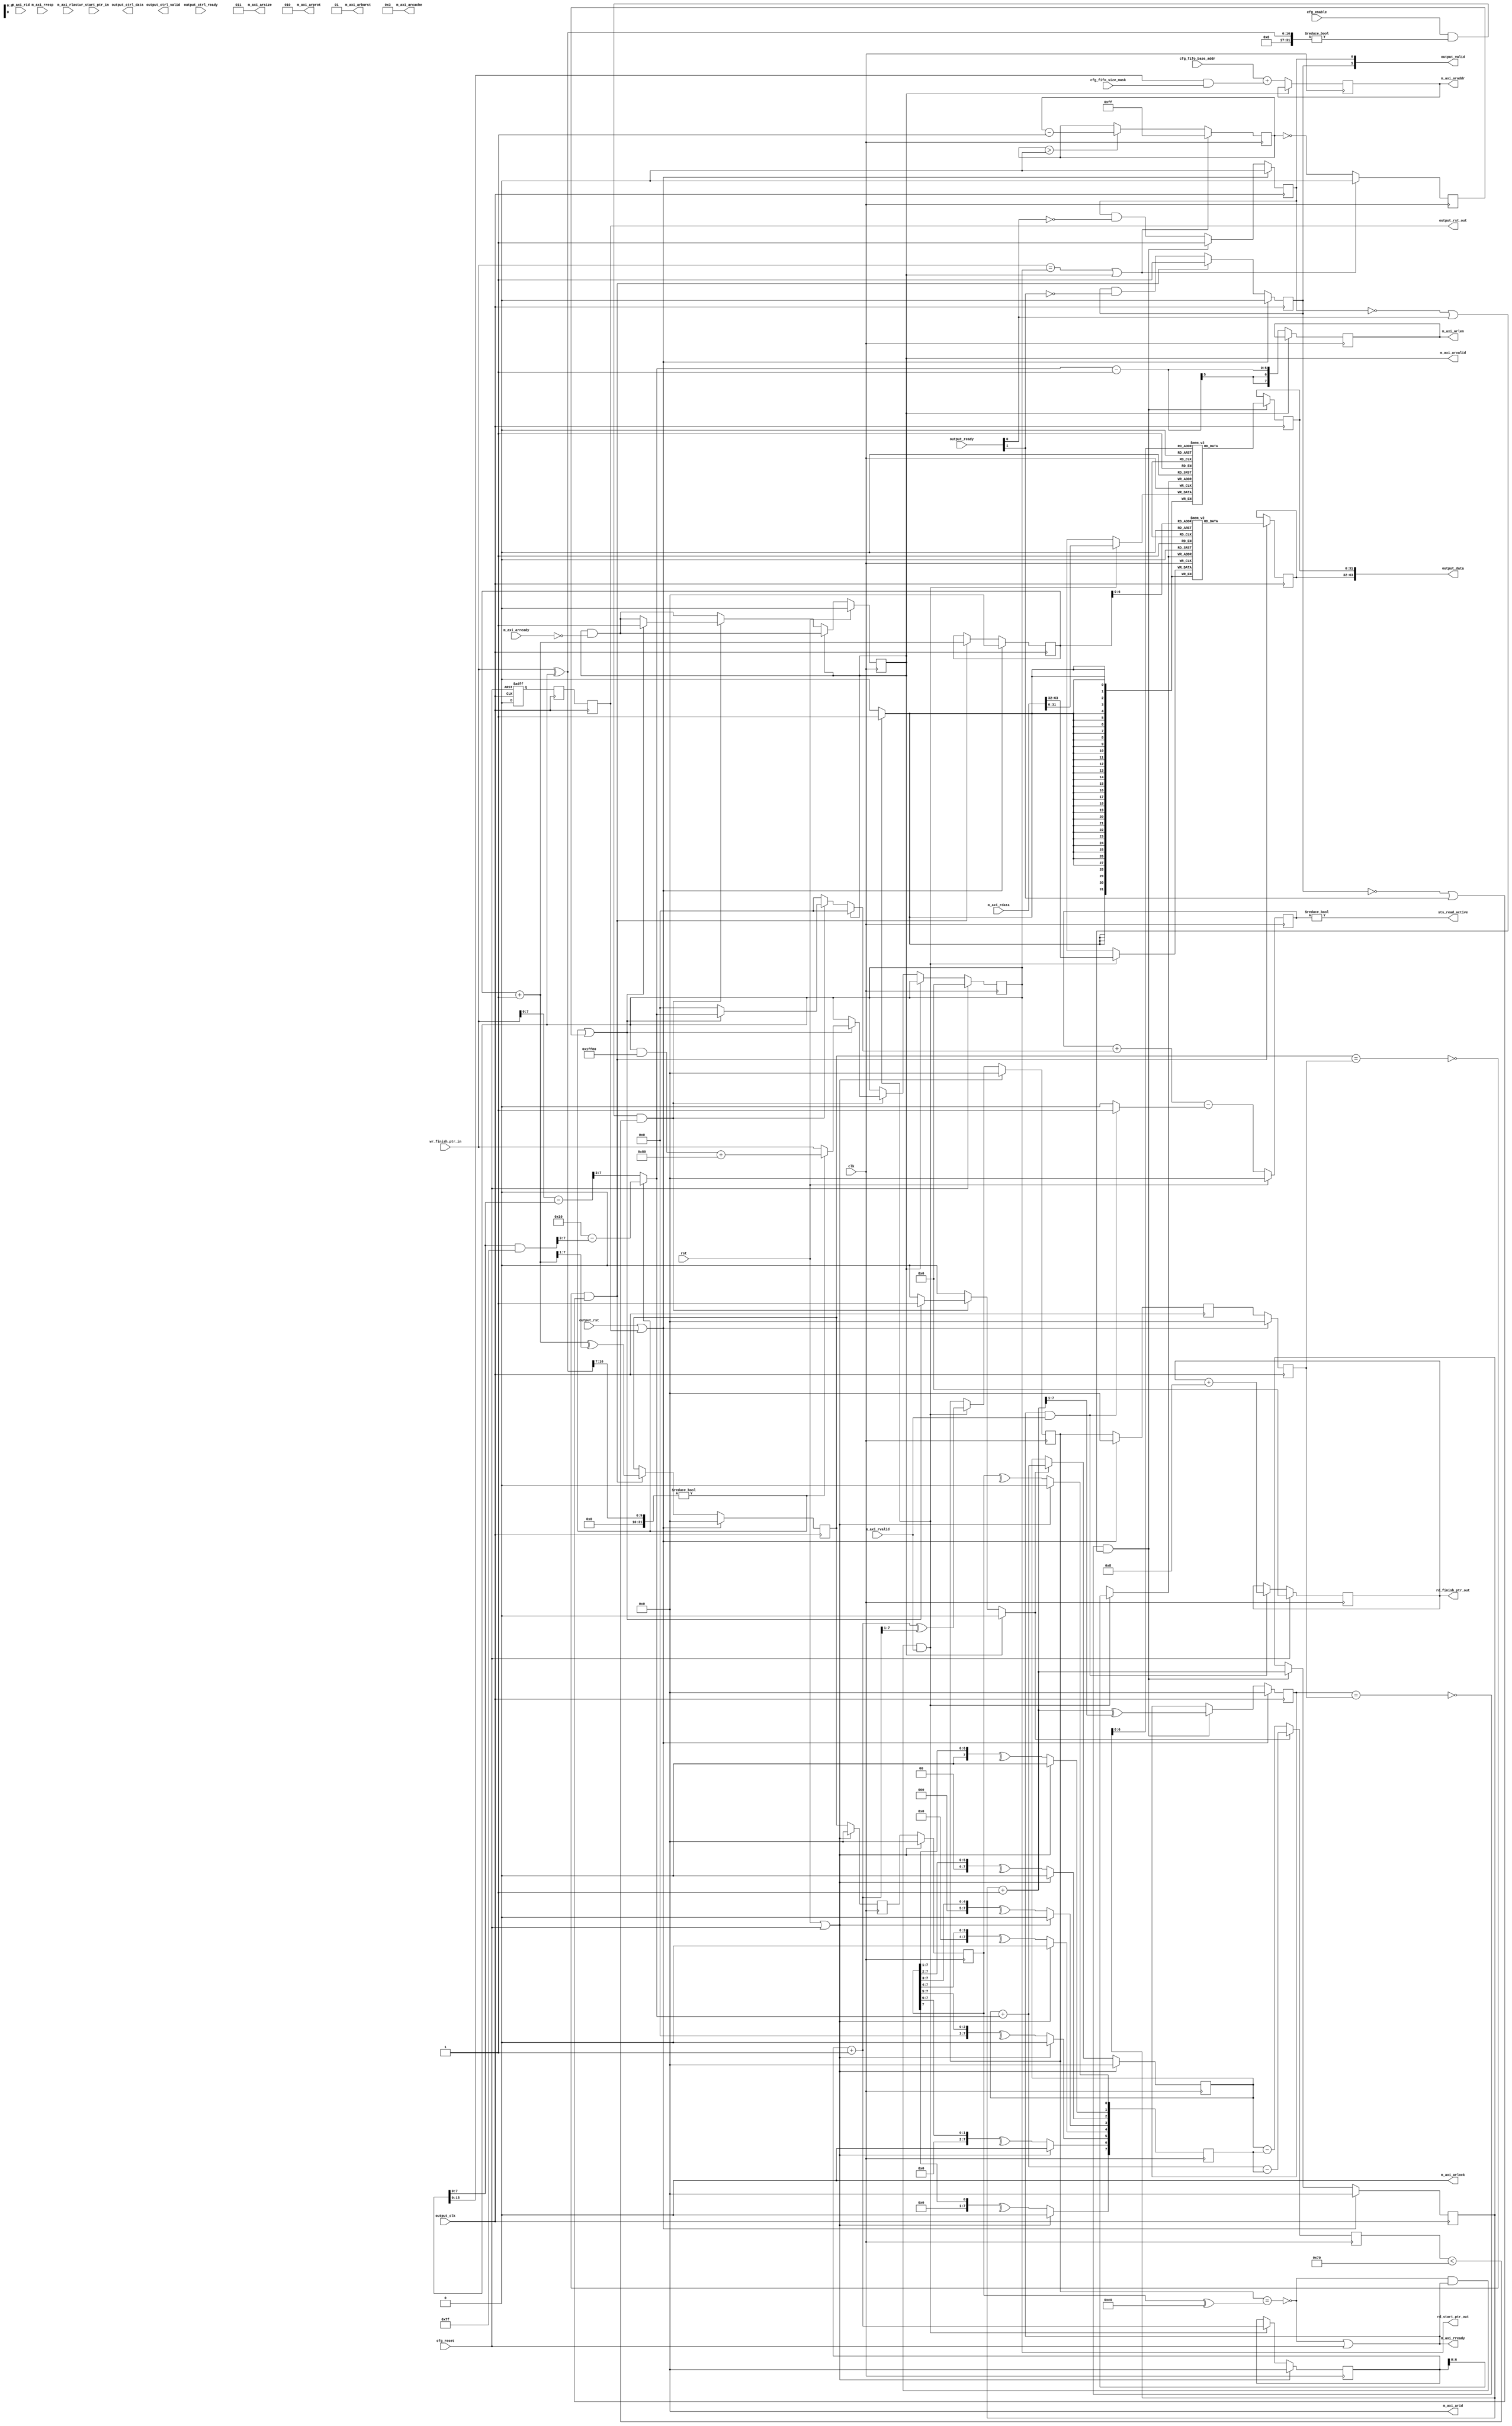
/*

Copyright (c) 2023 Alex Forencich

Permission is hereby granted, free of charge, to any person obtaining a copy
of this software and associated documentation files (the "Software"), to deal
in the Software without restriction, including without limitation the rights
to use, copy, modify, merge, publish, distribute, sublicense, and/or sell
copies of the Software, and to permit persons to whom the Software is
furnished to do so, subject to the following conditions:

The above copyright notice and this permission notice shall be included in
all copies or substantial portions of the Software.

THE SOFTWARE IS PROVIDED "AS IS", WITHOUT WARRANTY OF ANY KIND, EXPRESS OR
IMPLIED, INCLUDING BUT NOT LIMITED TO THE WARRANTIES OF MERCHANTABILITY
FITNESS FOR A PARTICULAR PURPOSE AND NONINFRINGEMENT. IN NO EVENT SHALL THE
AUTHORS OR COPYRIGHT HOLDERS BE LIABLE FOR ANY CLAIM, DAMAGES OR OTHER
LIABILITY, WHETHER IN AN ACTION OF CONTRACT, TORT OR OTHERWISE, ARISING FROM,
OUT OF OR IN CONNECTION WITH THE SOFTWARE OR THE USE OR OTHER DEALINGS IN
THE SOFTWARE.

*/

// Language: Verilog 2001

`resetall
`timescale 1ns / 1ps
`default_nettype none

/*
 * AXI4 virtual FIFO (raw, read side)
 */
module axi_vfifo_raw_rd #
(
    // Width of input segment
    parameter SEG_WIDTH = 32,
    // Segment count
    parameter SEG_CNT = 2,
    // Width of AXI data bus in bits
    parameter AXI_DATA_WIDTH = SEG_WIDTH*SEG_CNT,
    // Width of AXI address bus in bits
    parameter AXI_ADDR_WIDTH = 16,
    // Width of AXI wstrb (width of data bus in words)
    parameter AXI_STRB_WIDTH = (AXI_DATA_WIDTH/8),
    // Width of AXI ID signal
    parameter AXI_ID_WIDTH = 8,
    // Maximum AXI burst length to generate
    parameter AXI_MAX_BURST_LEN = 16,
    // Width of length field
    parameter LEN_WIDTH = AXI_ADDR_WIDTH,
    // Output FIFO depth for AXI read data (full-width words)
    parameter READ_FIFO_DEPTH = 128,
    // Max AXI read burst length
    parameter READ_MAX_BURST_LEN = READ_FIFO_DEPTH/4,
    // Use control output
    parameter CTRL_OUT_EN = 0
)
(
    input  wire                          clk,
    input  wire                          rst,

    /*
     * Segmented data output (to decode logic)
     */
    input  wire                          output_clk,
    input  wire                          output_rst,
    output wire                          output_rst_out,
    output wire [SEG_CNT*SEG_WIDTH-1:0]  output_data,
    output wire [SEG_CNT-1:0]            output_valid,
    input  wire [SEG_CNT-1:0]            output_ready,
    output wire [SEG_CNT*SEG_WIDTH-1:0]  output_ctrl_data,
    output wire [SEG_CNT-1:0]            output_ctrl_valid,
    input  wire [SEG_CNT-1:0]            output_ctrl_ready,

    /*
     * AXI master interface
     */
    output wire [AXI_ID_WIDTH-1:0]       m_axi_arid,
    output wire [AXI_ADDR_WIDTH-1:0]     m_axi_araddr,
    output wire [7:0]                    m_axi_arlen,
    output wire [2:0]                    m_axi_arsize,
    output wire [1:0]                    m_axi_arburst,
    output wire                          m_axi_arlock,
    output wire [3:0]                    m_axi_arcache,
    output wire [2:0]                    m_axi_arprot,
    output wire                          m_axi_arvalid,
    input  wire                          m_axi_arready,
    input  wire [AXI_ID_WIDTH-1:0]       m_axi_rid,
    input  wire [AXI_DATA_WIDTH-1:0]     m_axi_rdata,
    input  wire [1:0]                    m_axi_rresp,
    input  wire                          m_axi_rlast,
    input  wire                          m_axi_rvalid,
    output wire                          m_axi_rready,

    /*
     * FIFO control
     */
    input  wire [LEN_WIDTH+1-1:0]        wr_start_ptr_in,
    input  wire [LEN_WIDTH+1-1:0]        wr_finish_ptr_in,
    output wire [LEN_WIDTH+1-1:0]        rd_start_ptr_out,
    output wire [LEN_WIDTH+1-1:0]        rd_finish_ptr_out,

    /*
     * Configuration
     */
    input  wire [AXI_ADDR_WIDTH-1:0]     cfg_fifo_base_addr,
    input  wire [LEN_WIDTH-1:0]          cfg_fifo_size_mask,
    input  wire                          cfg_enable,
    input  wire                          cfg_reset,

    /*
     * Status
     */
    output wire                          sts_read_active
);

localparam AXI_BYTE_LANES = AXI_STRB_WIDTH;
localparam AXI_BYTE_SIZE = AXI_DATA_WIDTH/AXI_BYTE_LANES;
localparam AXI_BURST_SIZE = $clog2(AXI_STRB_WIDTH);
localparam AXI_MAX_BURST_SIZE = AXI_MAX_BURST_LEN << AXI_BURST_SIZE;

localparam OFFSET_ADDR_WIDTH = AXI_STRB_WIDTH > 1 ? $clog2(AXI_STRB_WIDTH) : 1;
localparam OFFSET_ADDR_MASK = AXI_STRB_WIDTH > 1 ? {OFFSET_ADDR_WIDTH{1'b1}} : 0;
localparam ADDR_MASK = {AXI_ADDR_WIDTH{1'b1}} << $clog2(AXI_STRB_WIDTH);
localparam CYCLE_COUNT_WIDTH = LEN_WIDTH - AXI_BURST_SIZE + 1;

localparam READ_FIFO_ADDR_WIDTH = $clog2(READ_FIFO_DEPTH);

// mask(x) = (2**$clog2(x))-1
// log2(min(x, y, z)) = (mask & mask & mask)+1
// floor(log2(x)) = $clog2(x+1)-1
// floor(log2(min(AXI_MAX_BURST_LEN, READ_MAX_BURST_LEN, 2**(READ_FIFO_ADDR_WIDTH-1), 4096/AXI_BYTE_LANES)))
localparam READ_MAX_BURST_LEN_INT = ((2**($clog2(AXI_MAX_BURST_LEN+1)-1)-1) & (2**($clog2(READ_MAX_BURST_LEN+1)-1)-1) & (2**(READ_FIFO_ADDR_WIDTH-1)-1) & ((4096/AXI_BYTE_LANES)-1)) + 1;
localparam READ_MAX_BURST_SIZE_INT = READ_MAX_BURST_LEN_INT << AXI_BURST_SIZE;
localparam READ_BURST_LEN_WIDTH = $clog2(READ_MAX_BURST_LEN_INT);
localparam READ_BURST_ADDR_WIDTH = $clog2(READ_MAX_BURST_SIZE_INT);
localparam READ_BURST_ADDR_MASK = READ_BURST_ADDR_WIDTH > 1 ? {READ_BURST_ADDR_WIDTH{1'b1}} : 0;

// validate parameters
initial begin
    if (AXI_BYTE_SIZE * AXI_STRB_WIDTH != AXI_DATA_WIDTH) begin
        $error("Error: AXI data width not evenly divisible (instance %m)");
        $finish;
    end

    if (2**$clog2(AXI_BYTE_LANES) != AXI_BYTE_LANES) begin
        $error("Error: AXI byte lane count must be even power of two (instance %m)");
        $finish;
    end

    if (AXI_MAX_BURST_LEN < 1 || AXI_MAX_BURST_LEN > 256) begin
        $error("Error: AXI_MAX_BURST_LEN must be between 1 and 256 (instance %m)");
        $finish;
    end

    if (SEG_CNT * SEG_WIDTH != AXI_DATA_WIDTH) begin
        $error("Error: Width mismatch (instance %m)");
        $finish;
    end
end

localparam [1:0]
    AXI_RESP_OKAY = 2'b00,
    AXI_RESP_EXOKAY = 2'b01,
    AXI_RESP_SLVERR = 2'b10,
    AXI_RESP_DECERR = 2'b11;

reg [AXI_ADDR_WIDTH-1:0] m_axi_araddr_reg = {AXI_ADDR_WIDTH{1'b0}}, m_axi_araddr_next;
reg [7:0] m_axi_arlen_reg = 8'd0, m_axi_arlen_next;
reg m_axi_arvalid_reg = 1'b0, m_axi_arvalid_next;

assign m_axi_arid = {AXI_ID_WIDTH{1'b0}};
assign m_axi_araddr = m_axi_araddr_reg;
assign m_axi_arlen = m_axi_arlen_reg;
assign m_axi_arsize = AXI_BURST_SIZE;
assign m_axi_arburst = 2'b01;
assign m_axi_arlock = 1'b0;
assign m_axi_arcache = 4'b0011;
assign m_axi_arprot = 3'b010;
assign m_axi_arvalid = m_axi_arvalid_reg;

// reset synchronization
wire rst_req_int = cfg_reset;

(* shreg_extract = "no" *)
reg rst_sync_1_reg = 1'b1,  rst_sync_2_reg = 1'b1, rst_sync_3_reg = 1'b1;

assign output_rst_out = rst_sync_3_reg;

always @(posedge output_clk or posedge rst_req_int) begin
    if (rst_req_int) begin
        rst_sync_1_reg <= 1'b1;
    end else begin
        rst_sync_1_reg <= 1'b0;
    end
end

always @(posedge output_clk) begin
    rst_sync_2_reg <= rst_sync_1_reg;
    rst_sync_3_reg <= rst_sync_2_reg;
end

// output datapath logic (read data)
reg [AXI_DATA_WIDTH-1:0] m_axis_tdata_reg  = {AXI_DATA_WIDTH{1'b0}};
reg                      m_axis_tvalid_reg = 1'b0;

reg [READ_FIFO_ADDR_WIDTH-1:0] read_fifo_read_start_cnt = 0;
reg read_fifo_read_start_en = 1'b0;

reg [READ_FIFO_ADDR_WIDTH+1-1:0] read_fifo_read_start_ptr_reg = 0;
reg [READ_FIFO_ADDR_WIDTH+1-1:0] read_fifo_wr_ptr_reg = 0;
reg [READ_FIFO_ADDR_WIDTH+1-1:0] read_fifo_wr_ptr_gray_reg = 0;
wire [READ_FIFO_ADDR_WIDTH+1-1:0] read_fifo_rd_ptr;
wire [READ_FIFO_ADDR_WIDTH+1-1:0] read_fifo_rd_ptr_gray;
wire [READ_FIFO_ADDR_WIDTH+1-1:0] read_fifo_ctrl_rd_ptr;
wire [READ_FIFO_ADDR_WIDTH+1-1:0] read_fifo_ctrl_rd_ptr_gray;

reg [READ_FIFO_ADDR_WIDTH+1-1:0] read_fifo_wr_ptr_temp;

(* shreg_extract = "no" *)
reg [READ_FIFO_ADDR_WIDTH+1-1:0] read_fifo_wr_ptr_gray_sync_1_reg = 0;
(* shreg_extract = "no" *)
reg [READ_FIFO_ADDR_WIDTH+1-1:0] read_fifo_wr_ptr_gray_sync_2_reg = 0;

(* shreg_extract = "no" *)
reg [READ_FIFO_ADDR_WIDTH+1-1:0] read_fifo_rd_ptr_gray_sync_1_reg = 0;
(* shreg_extract = "no" *)
reg [READ_FIFO_ADDR_WIDTH+1-1:0] read_fifo_rd_ptr_gray_sync_2_reg = 0;
reg [READ_FIFO_ADDR_WIDTH+1-1:0] read_fifo_rd_ptr_sync_reg = 0;

(* shreg_extract = "no" *)
reg [READ_FIFO_ADDR_WIDTH+1-1:0] read_fifo_ctrl_rd_ptr_gray_sync_1_reg = 0;
(* shreg_extract = "no" *)
reg [READ_FIFO_ADDR_WIDTH+1-1:0] read_fifo_ctrl_rd_ptr_gray_sync_2_reg = 0;
reg [READ_FIFO_ADDR_WIDTH+1-1:0] read_fifo_ctrl_rd_ptr_sync_reg = 0;

reg read_fifo_half_full_reg = 1'b0;
reg [READ_FIFO_ADDR_WIDTH+1-1:0] read_fifo_occupancy_reg = 0;
reg [READ_FIFO_ADDR_WIDTH+1-1:0] read_fifo_occupancy_lookahead_reg = 0;

wire read_fifo_full = read_fifo_wr_ptr_gray_reg == (read_fifo_rd_ptr_gray_sync_2_reg ^ {2'b11, {READ_FIFO_ADDR_WIDTH-1{1'b0}}});
wire read_fifo_empty = read_fifo_rd_ptr_gray == read_fifo_wr_ptr_gray_sync_2_reg;

wire read_fifo_ctrl_full = read_fifo_wr_ptr_gray_reg == (read_fifo_ctrl_rd_ptr_gray_sync_2_reg ^ {2'b11, {READ_FIFO_ADDR_WIDTH-1{1'b0}}});
wire read_fifo_ctrl_empty = read_fifo_ctrl_rd_ptr_gray == read_fifo_wr_ptr_gray_sync_2_reg;

assign m_axi_rready = (!read_fifo_full && (!CTRL_OUT_EN || !read_fifo_ctrl_full)) || cfg_reset;

genvar n;
integer k;

generate

for (n = 0; n < SEG_CNT; n = n + 1) begin : read_fifo_seg

    reg [READ_FIFO_ADDR_WIDTH+1-1:0] seg_rd_ptr_reg = 0;
    reg [READ_FIFO_ADDR_WIDTH+1-1:0] seg_rd_ptr_gray_reg = 0;

    reg [READ_FIFO_ADDR_WIDTH+1-1:0] seg_rd_ptr_temp;

    (* ram_style = "distributed", ramstyle = "no_rw_check, mlab" *)
    reg [SEG_WIDTH-1:0] seg_mem_data[2**READ_FIFO_ADDR_WIDTH-1:0];

    reg [SEG_WIDTH-1:0] seg_rd_data_reg = 0;
    reg seg_rd_data_valid_reg = 0;

    wire seg_empty = seg_rd_ptr_gray_reg == read_fifo_wr_ptr_gray_sync_2_reg;

    assign output_data[n*SEG_WIDTH +: SEG_WIDTH] = seg_rd_data_reg;
    assign output_valid[n] = seg_rd_data_valid_reg;

    if (n == SEG_CNT-1) begin
        assign read_fifo_rd_ptr = seg_rd_ptr_reg;
        assign read_fifo_rd_ptr_gray = seg_rd_ptr_gray_reg;
    end

    always @(posedge clk) begin
        if (!read_fifo_full && m_axi_rready && m_axi_rvalid) begin
            seg_mem_data[read_fifo_wr_ptr_reg[READ_FIFO_ADDR_WIDTH-1:0]] <= m_axi_rdata[n*SEG_WIDTH +: SEG_WIDTH];
        end
    end

    // per-segment read logic
    always @(posedge output_clk) begin
        seg_rd_data_valid_reg <= seg_rd_data_valid_reg && !output_ready[n];

        if (!seg_empty && (!seg_rd_data_valid_reg || output_ready[n])) begin
            seg_rd_data_reg <= seg_mem_data[seg_rd_ptr_reg[READ_FIFO_ADDR_WIDTH-1:0]];
            seg_rd_data_valid_reg <= 1'b1;

            seg_rd_ptr_temp = seg_rd_ptr_reg + 1;
            seg_rd_ptr_reg <= seg_rd_ptr_temp;
            seg_rd_ptr_gray_reg <= seg_rd_ptr_temp ^ (seg_rd_ptr_temp >> 1);
        end

        if (output_rst || output_rst_out) begin
            seg_rd_ptr_reg <= 0;
            seg_rd_ptr_gray_reg <= 0;
            seg_rd_data_valid_reg <= 1'b0;
        end
    end

end

endgenerate

// write logic
always @(posedge clk) begin
    read_fifo_occupancy_reg <= read_fifo_wr_ptr_reg - read_fifo_rd_ptr_sync_reg;
    read_fifo_half_full_reg <= $unsigned(read_fifo_wr_ptr_reg - read_fifo_rd_ptr_sync_reg) >= 2**(READ_FIFO_ADDR_WIDTH-1);

    if (read_fifo_read_start_en) begin
        read_fifo_read_start_ptr_reg <= read_fifo_read_start_ptr_reg + read_fifo_read_start_cnt;
        read_fifo_occupancy_lookahead_reg <= read_fifo_read_start_ptr_reg + read_fifo_read_start_cnt - read_fifo_rd_ptr_sync_reg;
    end else begin
        read_fifo_occupancy_lookahead_reg <= read_fifo_read_start_ptr_reg - read_fifo_rd_ptr_sync_reg;
    end

    if (!read_fifo_full && m_axi_rready && m_axi_rvalid) begin
        read_fifo_wr_ptr_temp = read_fifo_wr_ptr_reg + 1;
        read_fifo_wr_ptr_reg <= read_fifo_wr_ptr_temp;
        read_fifo_wr_ptr_gray_reg <= read_fifo_wr_ptr_temp ^ (read_fifo_wr_ptr_temp >> 1);

        read_fifo_occupancy_reg <= read_fifo_wr_ptr_temp - read_fifo_rd_ptr_sync_reg;
    end

    if (rst || cfg_reset) begin
        read_fifo_read_start_ptr_reg <= 0;
        read_fifo_wr_ptr_reg <= 0;
        read_fifo_wr_ptr_gray_reg <= 0;
    end
end

// pointer synchronization
always @(posedge clk) begin
    read_fifo_rd_ptr_gray_sync_1_reg <= read_fifo_rd_ptr_gray;
    read_fifo_rd_ptr_gray_sync_2_reg <= read_fifo_rd_ptr_gray_sync_1_reg;

    for (k = 0; k < READ_FIFO_ADDR_WIDTH+1; k = k + 1) begin
        read_fifo_rd_ptr_sync_reg[k] <= ^(read_fifo_rd_ptr_gray_sync_2_reg >> k);
    end

    if (rst || cfg_reset) begin
        read_fifo_rd_ptr_gray_sync_1_reg <= 0;
        read_fifo_rd_ptr_gray_sync_2_reg <= 0;
        read_fifo_rd_ptr_sync_reg <= 0;
    end
end

always @(posedge clk) begin
    read_fifo_ctrl_rd_ptr_gray_sync_1_reg <= read_fifo_ctrl_rd_ptr_gray;
    read_fifo_ctrl_rd_ptr_gray_sync_2_reg <= read_fifo_ctrl_rd_ptr_gray_sync_1_reg;

    for (k = 0; k < READ_FIFO_ADDR_WIDTH+1; k = k + 1) begin
        read_fifo_ctrl_rd_ptr_sync_reg[k] <= ^(read_fifo_ctrl_rd_ptr_gray_sync_2_reg >> k);
    end

    if (rst || cfg_reset) begin
        read_fifo_ctrl_rd_ptr_gray_sync_1_reg <= 0;
        read_fifo_ctrl_rd_ptr_gray_sync_2_reg <= 0;
        read_fifo_ctrl_rd_ptr_sync_reg <= 0;
    end
end

always @(posedge output_clk) begin
    read_fifo_wr_ptr_gray_sync_1_reg <= read_fifo_wr_ptr_gray_reg;
    read_fifo_wr_ptr_gray_sync_2_reg <= read_fifo_wr_ptr_gray_sync_1_reg;

    if (output_rst || output_rst_out) begin
        read_fifo_wr_ptr_gray_sync_1_reg <= 0;
        read_fifo_wr_ptr_gray_sync_2_reg <= 0;
    end
end

generate

if (CTRL_OUT_EN) begin
    
    for (n = 0; n < SEG_CNT; n = n + 1) begin : read_fifo_ctrl_seg

        reg [READ_FIFO_ADDR_WIDTH+1-1:0] seg_rd_ptr_reg = 0;
        reg [READ_FIFO_ADDR_WIDTH+1-1:0] seg_rd_ptr_gray_reg = 0;

        reg [READ_FIFO_ADDR_WIDTH+1-1:0] seg_rd_ptr_temp;

        (* ram_style = "distributed", ramstyle = "no_rw_check, mlab" *)
        reg [SEG_WIDTH-1:0] seg_mem_data[2**READ_FIFO_ADDR_WIDTH-1:0];

        reg [SEG_WIDTH-1:0] seg_rd_data_reg = 0;
        reg seg_rd_data_valid_reg = 0;

        reg seg_output_ready_reg = 1'b0;

        wire seg_empty = seg_rd_ptr_gray_reg == read_fifo_wr_ptr_gray_sync_2_reg;

        if (n == SEG_CNT-1) begin
            assign read_fifo_ctrl_rd_ptr = seg_rd_ptr_reg;
            assign read_fifo_ctrl_rd_ptr_gray = seg_rd_ptr_gray_reg;
        end

        always @(posedge clk) begin
            if (!read_fifo_full && m_axi_rready && m_axi_rvalid) begin
                seg_mem_data[read_fifo_wr_ptr_reg[READ_FIFO_ADDR_WIDTH-1:0]] <= m_axi_rdata[n*SEG_WIDTH +: SEG_WIDTH];
            end
        end

        // per-segment read logic
        always @(posedge output_clk) begin
            seg_rd_data_valid_reg <= seg_rd_data_valid_reg && !seg_output_ready_reg;

            if (!seg_empty && (!seg_rd_data_valid_reg || seg_output_ready_reg)) begin
                seg_rd_data_reg <= seg_mem_data[seg_rd_ptr_reg[READ_FIFO_ADDR_WIDTH-1:0]];
                seg_rd_data_valid_reg <= 1'b1;

                seg_rd_ptr_temp = seg_rd_ptr_reg + 1;
                seg_rd_ptr_reg <= seg_rd_ptr_temp;
                seg_rd_ptr_gray_reg <= seg_rd_ptr_temp ^ (seg_rd_ptr_temp >> 1);
            end

            if (output_rst || output_rst_out) begin
                seg_rd_ptr_reg <= 0;
                seg_rd_ptr_gray_reg <= 0;
                seg_rd_data_valid_reg <= 1'b0;
            end
        end

        // skid buffer
        reg [SEG_WIDTH-1:0] seg_output_data_reg = 0;
        reg seg_output_valid_reg = 1'b0;

        reg [SEG_WIDTH-1:0] temp_seg_output_data_reg = 0;
        reg temp_seg_output_valid_reg = 1'b0;

        assign output_ctrl_data[n*SEG_WIDTH +: SEG_WIDTH] = seg_output_data_reg;
        assign output_ctrl_valid[n] = seg_output_valid_reg;

        always @(posedge output_clk) begin
            // enable ready input next cycle if output is ready or the temp reg will not be filled on the next cycle (output reg empty or no input)
            seg_output_ready_reg <= output_ctrl_ready[n] || (!temp_seg_output_valid_reg && (!seg_output_valid_reg || !seg_rd_data_valid_reg));

            if (seg_output_ready_reg) begin
                // input is ready
                if (output_ctrl_ready[n] || !seg_output_valid_reg) begin
                    // output is ready or currently not valid, transfer data to output
                    seg_output_data_reg <= seg_rd_data_reg;
                    seg_output_valid_reg <= seg_rd_data_valid_reg;
                end else begin
                    // output is not ready, store input in temp
                    temp_seg_output_data_reg <= seg_rd_data_reg;
                    temp_seg_output_valid_reg <= seg_rd_data_valid_reg;
                end
            end else if (output_ctrl_ready[n]) begin
                // input is not ready, but output is ready
                seg_output_data_reg <= temp_seg_output_data_reg;
                seg_output_valid_reg <= temp_seg_output_valid_reg;
                temp_seg_output_valid_reg <= 1'b0;
            end

            if (output_rst || output_rst_out) begin
                seg_output_ready_reg <= 1'b0;
                seg_output_valid_reg <= 1'b0;
                temp_seg_output_valid_reg <= 1'b0;
            end
        end

    end

end

endgenerate

reg [READ_BURST_LEN_WIDTH+1-1:0] rd_burst_len;
reg [READ_BURST_LEN_WIDTH+1-1:0] rd_outstanding_inc;
reg rd_outstanding_dec;
reg [READ_FIFO_ADDR_WIDTH+1-1:0] rd_outstanding_reg = 0, rd_outstanding_next;
reg [LEN_WIDTH+1-1:0] rd_start_ptr;
reg [7:0] rd_timeout_count_reg = 0, rd_timeout_count_next;
reg rd_timeout_reg = 0, rd_timeout_next;

reg [LEN_WIDTH+1-1:0] rd_start_ptr_reg = 0, rd_start_ptr_next;
reg [LEN_WIDTH+1-1:0] rd_finish_ptr_reg = 0, rd_finish_ptr_next;

assign rd_start_ptr_out = rd_start_ptr_reg;
assign rd_finish_ptr_out = rd_finish_ptr_reg;

assign sts_read_active = rd_outstanding_reg != 0;

// read logic
always @* begin
    rd_start_ptr_next = rd_start_ptr_reg;
    rd_finish_ptr_next = rd_finish_ptr_reg;

    rd_outstanding_inc = 0;
    rd_outstanding_dec = 0;
    rd_outstanding_next = rd_outstanding_reg;
    rd_timeout_count_next = rd_timeout_count_reg;
    rd_timeout_next = rd_timeout_reg;

    m_axi_araddr_next = m_axi_araddr_reg;
    m_axi_arlen_next = m_axi_arlen_reg;
    m_axi_arvalid_next = m_axi_arvalid_reg && !m_axi_arready;

    // partial burst timeout handling
    rd_timeout_next = rd_timeout_count_reg == 0;
    if (wr_finish_ptr_in == rd_start_ptr_reg || m_axi_arvalid) begin
        rd_timeout_count_next = 8'hff;
        rd_timeout_next = 1'b0;
    end else if (rd_timeout_count_reg > 0) begin
        rd_timeout_count_next = rd_timeout_count_reg - 1;
    end

    // compute length based on DRAM occupancy
    if ((wr_finish_ptr_in ^ rd_start_ptr_reg) >> READ_BURST_ADDR_WIDTH != 0) begin
        // crosses burst boundary, read up to burst boundary
        rd_burst_len = READ_MAX_BURST_LEN_INT - ((rd_start_ptr_reg & READ_BURST_ADDR_MASK) >> AXI_BURST_SIZE);
        rd_start_ptr = (rd_start_ptr_reg & ~READ_BURST_ADDR_MASK) + (1 << READ_BURST_ADDR_WIDTH);
    end else begin
        // does not cross burst boundary, read available data
        rd_burst_len = (wr_finish_ptr_in - rd_start_ptr_reg) >> AXI_BURST_SIZE;
        rd_start_ptr = wr_finish_ptr_in;
    end

    read_fifo_read_start_cnt = rd_burst_len;
    read_fifo_read_start_en = 1'b0;

    // generate AXI read bursts
    if (!m_axi_arvalid_reg) begin
        // ready to start new burst

        m_axi_araddr_next = cfg_fifo_base_addr + (rd_start_ptr_reg & cfg_fifo_size_mask);
        m_axi_arlen_next = rd_burst_len - 1;

        if (cfg_enable && (wr_finish_ptr_in ^ rd_start_ptr_reg) != 0 && read_fifo_occupancy_lookahead_reg < 2**READ_FIFO_ADDR_WIDTH - READ_MAX_BURST_LEN_INT) begin
            // enabled, have data to write, have space for data
            if ((wr_finish_ptr_in ^ rd_start_ptr_reg) >> READ_BURST_ADDR_WIDTH != 0 || rd_timeout_reg) begin
                // have full burst or timed out
                read_fifo_read_start_en = 1'b1;
                rd_outstanding_inc = rd_burst_len;
                m_axi_arvalid_next = 1'b1;
                rd_start_ptr_next = rd_start_ptr;
            end
        end
    end

    // handle AXI read completions
    if (m_axi_rready && m_axi_rvalid) begin
        rd_finish_ptr_next = rd_finish_ptr_reg + AXI_BYTE_LANES;
        rd_outstanding_dec = 1;
    end

    rd_outstanding_next = rd_outstanding_reg + rd_outstanding_inc - rd_outstanding_dec;

    if (cfg_reset) begin
        rd_start_ptr_next = 0;
        rd_finish_ptr_next = 0;
    end
end

always @(posedge clk) begin
    rd_start_ptr_reg <= rd_start_ptr_next;
    rd_finish_ptr_reg <= rd_finish_ptr_next;

    rd_outstanding_reg <= rd_outstanding_next;
    rd_timeout_count_reg <= rd_timeout_count_next;
    rd_timeout_reg <= rd_timeout_next;

    m_axi_araddr_reg <= m_axi_araddr_next;
    m_axi_arlen_reg <= m_axi_arlen_next;
    m_axi_arvalid_reg <= m_axi_arvalid_next;

    if (rst) begin
        rd_outstanding_reg <= 0;
        m_axi_arvalid_reg <= 1'b0;
    end
end

endmodule

`resetall